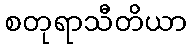
စတုရာသီတိယာ